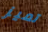
تميز